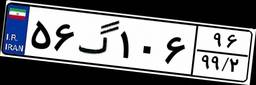
۵۶گ۱۰۶۹۶